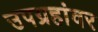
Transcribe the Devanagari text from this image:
उपग्रहांवर